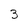
Character: 3